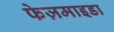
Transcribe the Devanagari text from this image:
फेज़माइडा